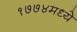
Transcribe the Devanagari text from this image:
१७७४मध्ये